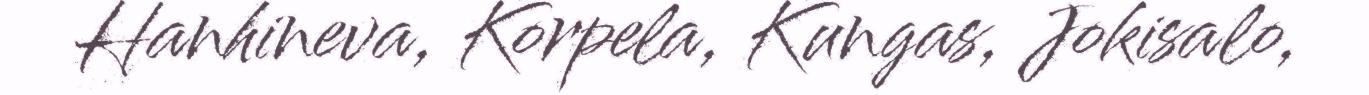
Hanhineva, Korpela, Kungas, Jokisalo,